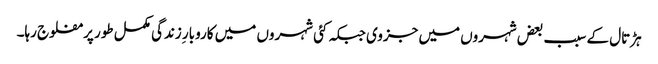
ہڑتال کے سبب بعض شہروں میں جزوی جبکہ کئی شہروں میں کاروبار ِزندگی مکمل طور پر مفلوج رہا۔